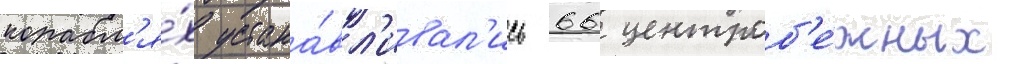
корабл'я́х устана́вл'ивал'ись 66 центроб'е́жных